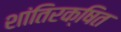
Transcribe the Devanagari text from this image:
शांतिरक्षित